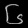
Digit: ၆